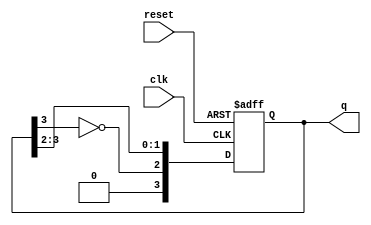
module johnson_counter #(
    parameter n = 4  // Number of flip-flops
)(
    input wire clk,   // Clock input
    input wire reset, // Asynchronous reset
    output reg [n-1:0] q // Counter output
);

    always @(posedge clk or posedge reset) begin
        if (reset) begin
            q <= 0; // Initialize to all zeros
        end else begin
            // Johnson counter logic
            q <= {~q[n-1], q[n-1:n-2]}; // Shift and feedback inverted last bit
        end
    end

endmodule